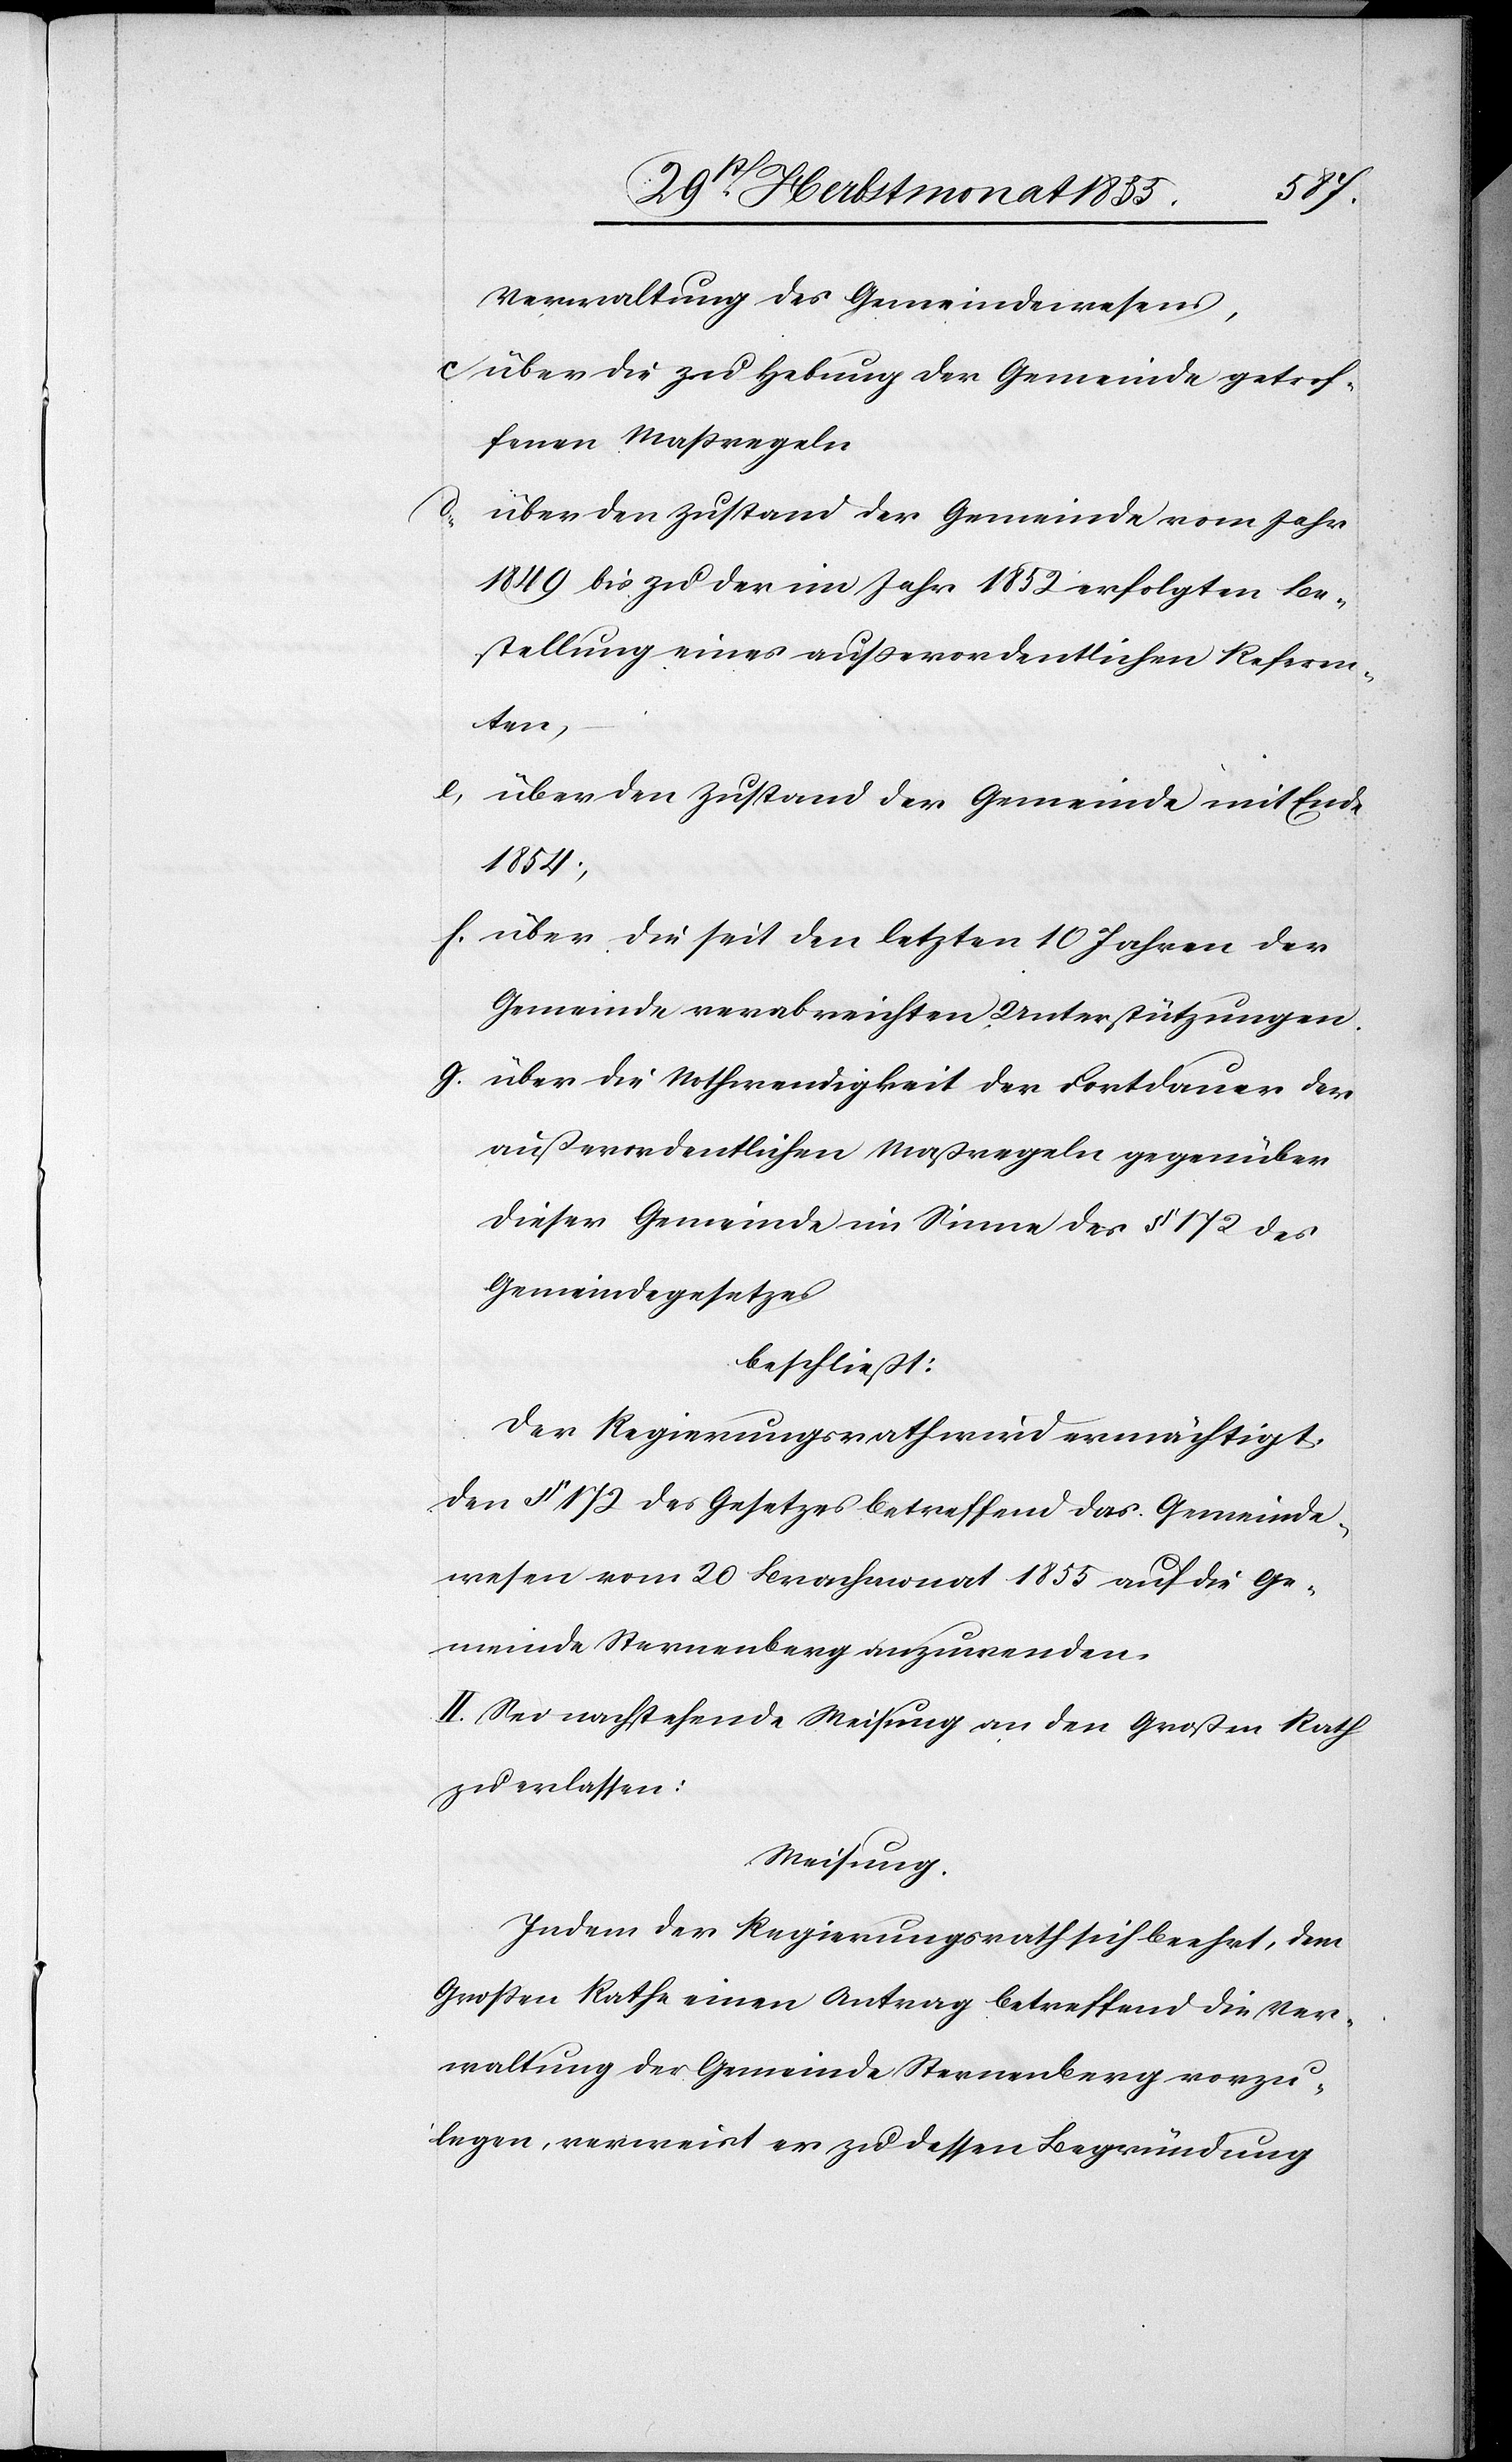
Verwaltung des Gemeindewesens,
über die zu Hebung der Gemeinde getrof¬
fenen Maßregeln
d,
über den Zustand der Gemeinde vom Jahr
1849 bis zu der im Jahr 1852 erfolgten Be¬
stellung eines außerordentlichen Referen¬
ten,
e,
über den Zustand der Gemeinde mit Ende
1854;
über die seit den letzten 10 Jahren der
Gemeinde verabreichten Unterstützungen.
über die Nothwendigkeit der Fortdauer der
außerordentlichen Maßregeln gegenüber
dieser Gemeinde im Sinne des § 172 des
Gemeindegesetzes
beschließt:
Der Regierungsrath wird ermächtigt,
den § 172 des Gesetzes betreffend das Gemeinde¬
wesen vom 20 Brachmonat 1855 auf die Ge¬
meinde Sternenberg anzuwenden.
II. Sei nachstehende Weisung an den Großen Rath
zu erlassen:
Weisung.
Indem der Regierungsrath sich beehrt, dem
Großen Rathe einen Antrag betreffend die Ver¬
waltung der Gemeinde Sternenberg vorzu¬
legen, verweist er zu dessen Begründung